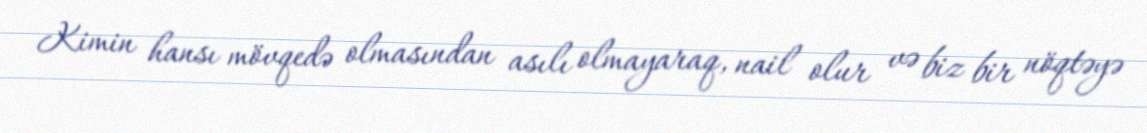
Kimin hansı mövqedə olmasından asılı olmayaraq, nail olur və biz bir nöqtəyə